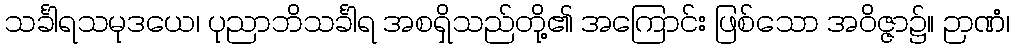
သင်္ခါရသမုဒယေ၊ ပုညာဘိသင်္ခါရ အစရှိသည်တို့၏ အကြောင်း ဖြစ်သော အဝိဇ္ဇာ၌။ ဉာဏံ၊